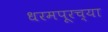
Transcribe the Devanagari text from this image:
धरमपूरच्या